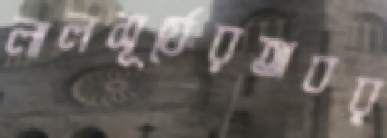
লালসূর্যেরঅবর্